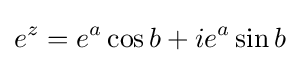
e^{z}=e^{a}\cos b+ie^{a}\sin b